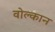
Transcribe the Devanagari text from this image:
वोल्कान